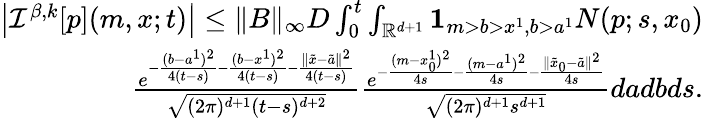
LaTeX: \begin{array}{r}{\left|{\mathcal I}^{\beta,k}[p](m,x;t)\right|\leq\| B\| _{\infty}D\int_{0}^{t}\int_{\mathbb{R}^{d+1}}{\mathbf 1}_{m>b>x^{1},b>a^{1}}N(p;s,x_{0})}\\ {\frac{e^{-\frac{(b-a^{1})^{2}}{4(t-s)}-\frac{(b-x^{1})^{2}}{4(t-s)}-\frac{\| \tilde{x}-\tilde{a}\| ^{2}}{4(t-s)}}}{\sqrt{(2\pi)^{d+1}(t-s)^{d+2}}}\frac{e^{-\frac{(m-x_{0}^{1})^{2}}{4s}-\frac{(m-a^{1})^{2}}{4s}-\frac{\| \tilde{x}_{0}-\tilde{a}\| ^{2}}{4s}}}{\sqrt{(2\pi)^{d+1}{s^{d+1}}}}dadbds.}\end{array}